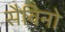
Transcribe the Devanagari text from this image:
सैविनो